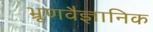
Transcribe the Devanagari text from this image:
भ्रूणवैज्ञानिक